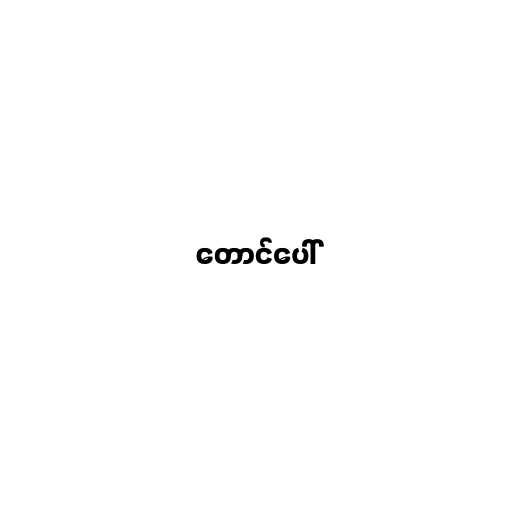
တောင်ပေါ်